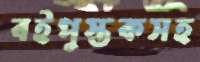
বইপুস্তকসহ